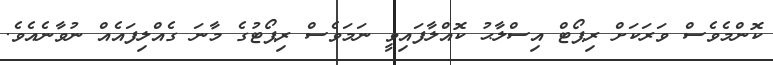
ކޮންމެވެސް ވަރަކަށް ރިޕޯޓް އިސްލާޙު ކޮއްލާފައިވީ ނަމަވެސް ރިޕޯޓުގެ މާނަ ގެއްލިފައެއް ނުވާނެއެވެ.